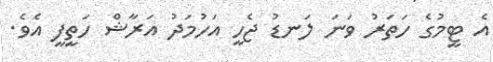
އެެ ޓީމުގެ ހަތަރު ވަނަ ލަނޑު ޖެހީ އަހުމަދު އަރާޝް ހަތީފީ އެވެ.